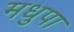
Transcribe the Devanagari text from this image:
मधुपा